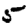
Digit: 5